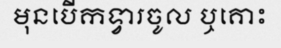
មុនបើកទ្វារចូល ឬគោះ